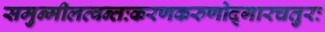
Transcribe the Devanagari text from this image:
समुन्मीलत्वन्तःकरणकरुणोद्गारचतुरः